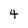
Character: 4